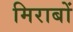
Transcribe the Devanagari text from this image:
मिराबों